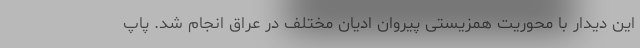
این دیدار با محوریت همزیستی پیروان ادیان مختلف در عراق انجام شد. پاپ